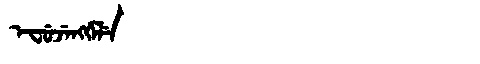
Manchu: ᡝᠸᡠᠵᡝᠩᡤᡝᠯᡝ
Romanization: EFUJENGGELE